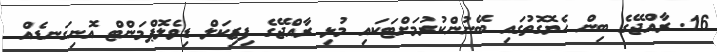
16. ރާއްޖޭގެ ބިން ހެޔޮގޮތުގައި ބޭނުންކުރުމަށްޓަކައި މުޅި ރާއްޖޭގެ ފިޒިކަލް ޑިވެލޮޕްމަންޓް އޮނިގަނޑެއް